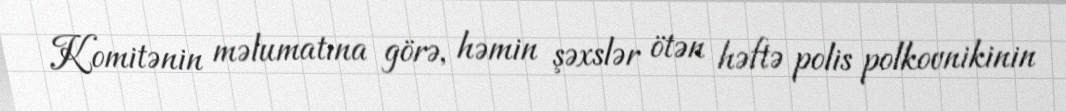
Komitənin məlumatına görə, həmin şəxslər ötən həftə polis polkovnikinin